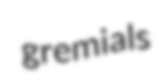
gremials